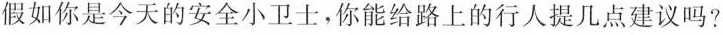
假如你是今天的安全小卫士，你能给路上的行人提几点建议吗?